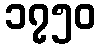
၁၇၅၀